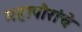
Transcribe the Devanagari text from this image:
महापौरांचे